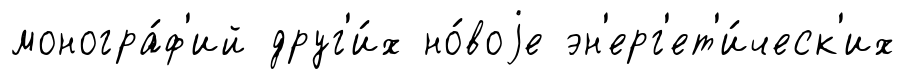
моногра́ф'ий друг'и́х но́воjе эн'ерг'ет'и́ческ'их